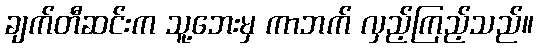
ချက်တီဆင်းက သူ့ဘေးမှ ကာဘက် လှည့်ကြည့်သည်။